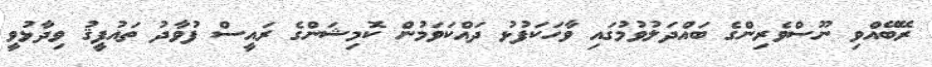
ރޭބޭއްވި ނޫސްވެރިންގެ ބައްދަލުވުމުގައި ވާހަކަފުޅު ދައްކަވަމުން ކޮމިޝަންގެ ރައީސް ފުވާދު ތައުފީޤު ވިދާޅުވީ